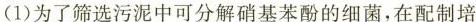
(1)为了筛选污泥中可分解硝基苯酚的细菌，在配制培